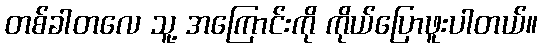
တစ်ခါတလေ သူ့ အကြောင်းကို ကိုယ်ပြောဖူးပါတယ်။